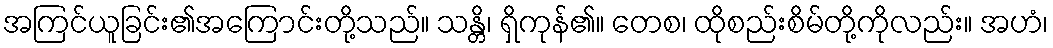
အကြင်ယူခြင်း၏အကြောင်းတို့သည်။ သန္တိ၊ ရှိကုန်၏။ တေစ၊ ထိုစည်းစိမ်တို့ကိုလည်း။ အဟံ၊